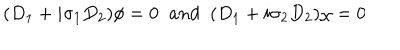
( D _ { 1 } + i \sigma _ { 1 } D _ { 2 } ) \phi = 0 \; \; a n d \; \; ( D _ { 1 } + i \sigma _ { 2 } D _ { 2 } ) \chi = 0